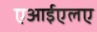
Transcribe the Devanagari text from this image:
एआईएलए